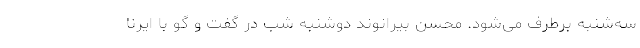
سه‌شنبه برطرف می‌شود. محسن بیرانوند دوشنبه شب در گفت و گو با ایرنا